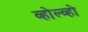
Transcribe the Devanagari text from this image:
व्होल्व्हो